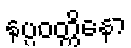
နပ္ပဝတ္တိနော